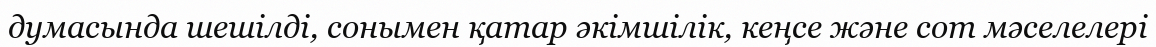
думасында шешілді, сонымен қатар әкімшілік, кеңсе және сот мәселелері